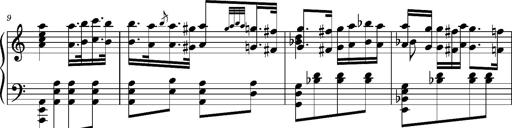
Title: Ungarischer Romanzero
Composer: Franz Liszt